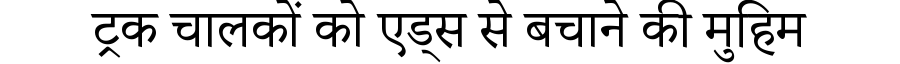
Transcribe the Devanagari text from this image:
ट्रक चालकों को एड्स से बचाने की मुहिम